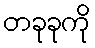
တခုခုကို